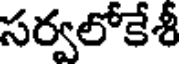
సర్వలోకేశీ